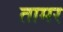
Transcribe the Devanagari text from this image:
तामर